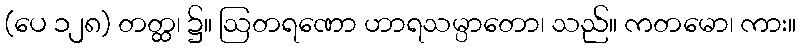
(ပေ ၁၂၈) တတ္ထ၊ ၌။ ဩတရဏော ဟာရသမ္ပာတော၊ သည်။ ကတမော၊ ကား။